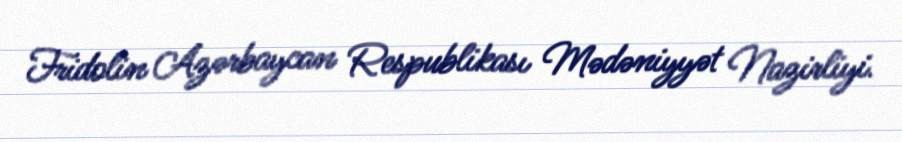
Fridolin Azərbaycan Respublikası Mədəniyyət Nazirliyi.